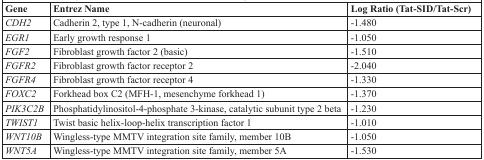
<table><thead><tr><td><b>Gene</b></td><td><b>Entrez Name</b></td><td><b>Log Ratio (Tat-SID/Tat-Scr)</b></td></tr></thead><tbody><tr><td><i>CDH2</i></td><td>Cadherin 2, type 1, N-cadherin (neuronal)</td><td>−1.480</td></tr><tr><td><i>EGR1</i></td><td>Early growth response 1</td><td>−1.050</td></tr><tr><td><i>FGF2</i></td><td>Fibroblast growth factor 2 (basic)</td><td>−1.510</td></tr><tr><td><i>FGFR2</i></td><td>Fibroblast growth factor receptor 2</td><td>−2.040</td></tr><tr><td><i>FGFR4</i></td><td>Fibroblast growth factor receptor 4</td><td>−1.330</td></tr><tr><td><i>FOXC2</i></td><td>Forkhead box C2 (MFH-1, mesenchyme forkhead 1)</td><td>−1.370</td></tr><tr><td><i>PIK3C2B</i></td><td>Phosphatidylinositol-4-phosphate 3-kinase, catalytic subunit type 2 beta</td><td>−1.230</td></tr><tr><td><i>TWIST1</i></td><td>Twist basic helix-loop-helix transcription factor 1</td><td>−1.010</td></tr><tr><td><i>WNT10B</i></td><td>Wingless-type MMTV integration site family, member 10B</td><td>−1.050</td></tr><tr><td><i>WNT5A</i></td><td>Wingless-type MMTV integration site family, member 5A</td><td>−1.530</td></tr></tbody></table>